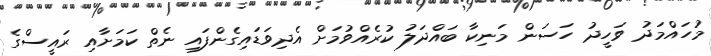
މުހައްމަދު ވަހީދު ހަސަން މަނިކާ ބައްދަލު ކުރެއްވުމަށް އެދިވަޑައިގެންފައި ނެތް ކަމަށާއި ރައީސްގެ